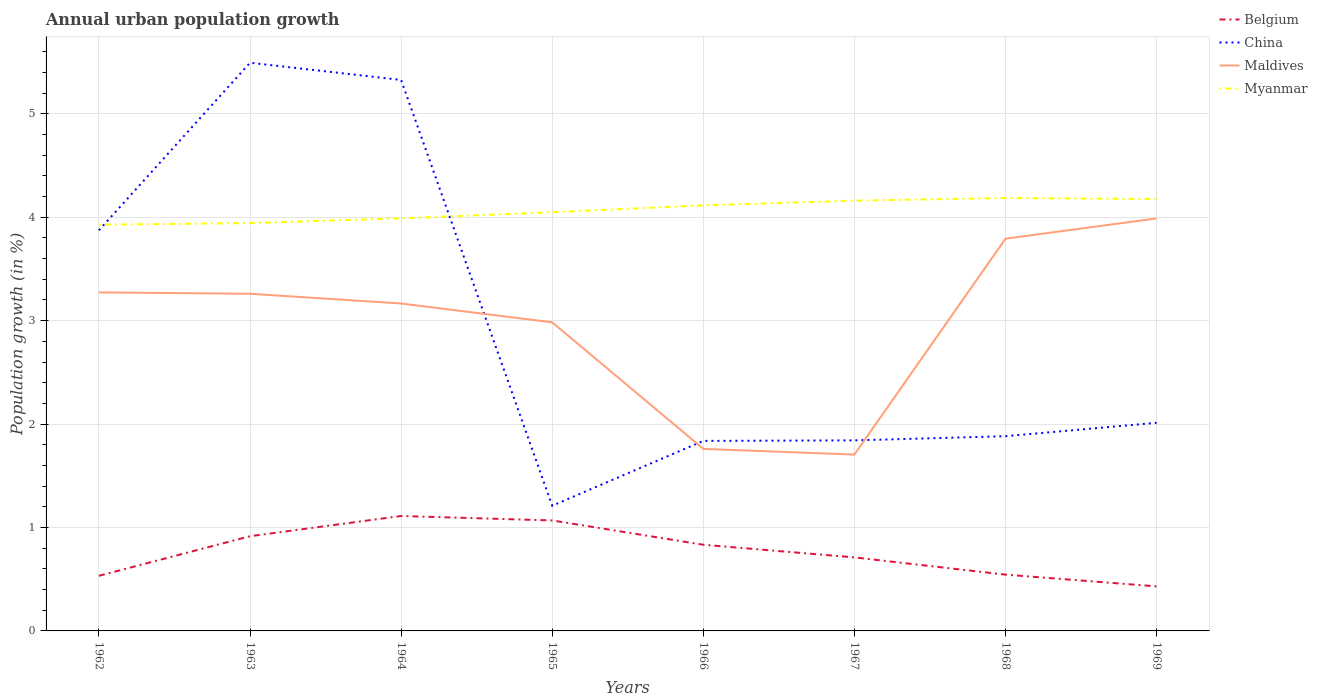
| Years | Belgium | China | Maldives | Myanmar |
 | --- | --- | --- | --- | --- |
 | 1962 | 0.533 | 3.87 | 3.27 | 3.93 |
 | 1963 | 0.916 | 5.49 | 3.26 | 3.94 |
 | 1964 | 1.11 | 5.33 | 3.17 | 3.99 |
 | 1965 | 1.07 | 1.21 | 2.98 | 4.05 |
 | 1966 | 0.833 | 1.84 | 1.76 | 4.11 |
 | 1967 | 0.711 | 1.84 | 1.71 | 4.16 |
 | 1968 | 0.544 | 1.88 | 3.79 | 4.19 |
 | 1969 | 0.431 | 2.01 | 3.99 | 4.18 |